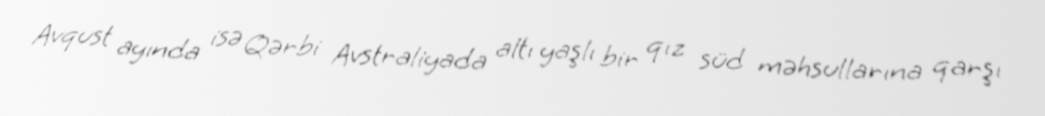
Avqust ayında isə Qərbi Avstraliyada altı yaşlı bir qız süd məhsullarına qarşı